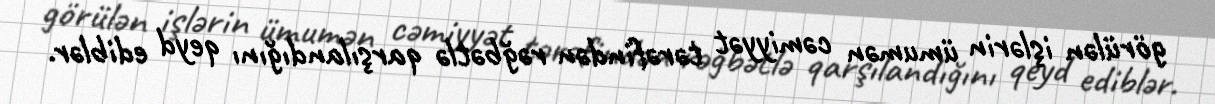
görülən işlərin ümumən cəmiyyət tərəfindən rəğbətlə qarşılandığını qeyd ediblər.